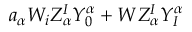
a _ { \alpha } W _ { i } Z _ { \alpha } ^ { I } Y _ { 0 } ^ { \alpha } + W Z _ { \alpha } ^ { I } Y _ { I } ^ { \alpha }